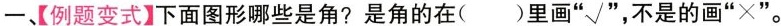
一、【例题变式】下面图形哪些是角？是角的在()里画“√”，不是的画“× ”。